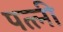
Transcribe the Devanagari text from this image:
पत्त्नी